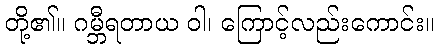
တို့၏။ ဂမ္ဘီရတာယ ဝါ၊ ကြောင့်လည်းကောင်း။